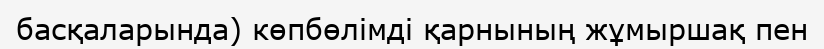
басқаларында) көпбөлімді қарнының жұмыршақ пен